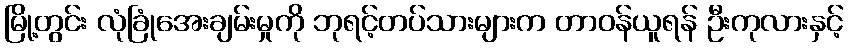
မြို့တွင်း လုံခြုံအေးချမ်းမှုကို ဘုရင့်တပ်သားများက တာဝန်ယူရန် ဦးကုလားနှင့်